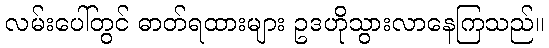
လမ်းပေါ်တွင် ဓာတ်ရထားများ ဥဒဟိုသွားလာနေကြသည်။